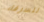
للسرقة